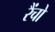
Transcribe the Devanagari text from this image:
रैंचो